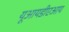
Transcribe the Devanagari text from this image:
यूआयडीएआय